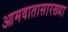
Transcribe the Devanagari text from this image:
आमवातासारख्या